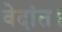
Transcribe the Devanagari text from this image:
वेदांत।